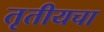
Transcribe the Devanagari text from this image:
तृतीयचा